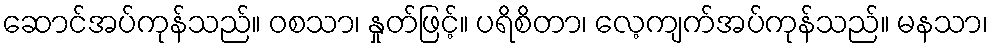
ဆောင်အပ်ကုန်သည်။ ဝစသာ၊ နှုတ်ဖြင့်။ ပရိစိတာ၊ လေ့ကျက်အပ်ကုန်သည်။ မနသာ၊